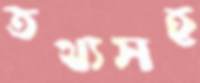
তথ্যসহ